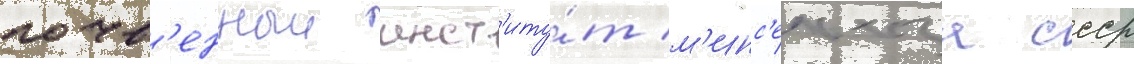
почв'енныи инст'иту́т м'инс'ельхоза ссср